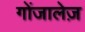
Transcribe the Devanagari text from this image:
गोंजालेज़